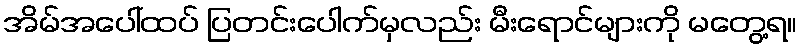
အိမ်အပေါ်ထပ် ပြတင်းပေါက်မှလည်း မီးရောင်များကို မတွေ့ရ။